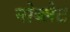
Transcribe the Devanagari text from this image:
नोब्लेट